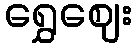
ရွှေဈေး